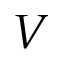
V